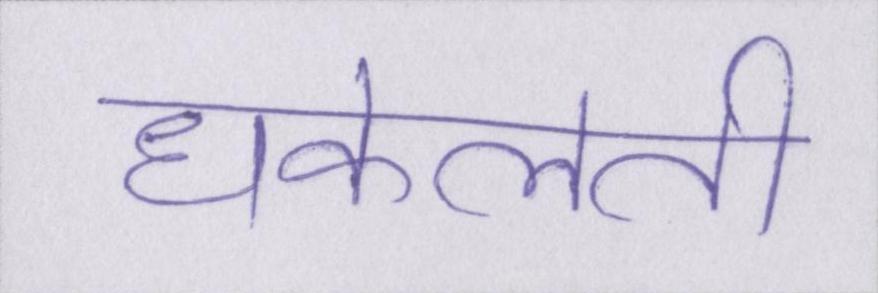
धकेलती